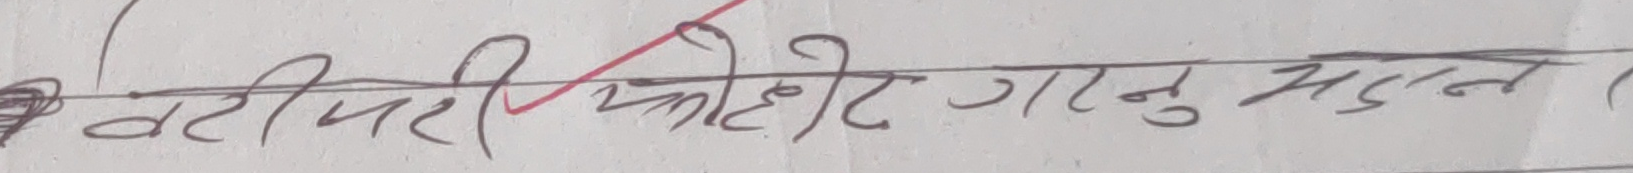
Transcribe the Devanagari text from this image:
वरिपरि फोटो गर्नु मदन